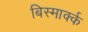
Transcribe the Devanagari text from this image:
बिस्मार्क्क